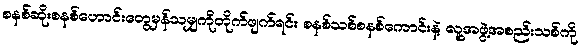
စနစ်ဆိုးစနစ်ဟောင်းတွေမှန်သမျှကိုတိုက်ဖျက်ရင်း စနစ်သစ်စနစ်ကောင်းနဲ့ လူ့အဖွဲ့အစည်းသစ်ကို